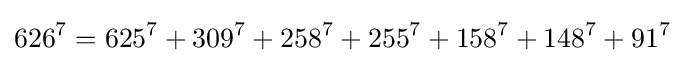
626^{7}=625^{7}+309^{7}+258^{7}+255^{7}+158^{7}+148^{7}+91^{7}